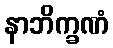
နာဘိက္ခဏံ